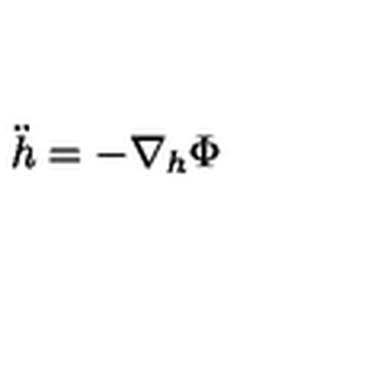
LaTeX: \ddot { h } = - \nabla _ { h } \Phi